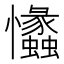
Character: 𢥾